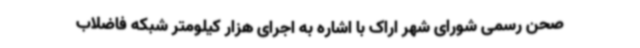
صحن رسمی شورای شهر اراک با اشاره به اجرای هزار کیلومتر شبکه فاضلاب